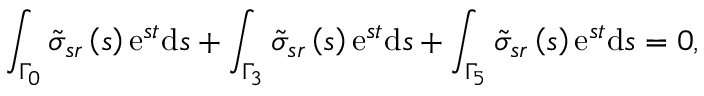
\int _ { \Gamma _ { 0 } } \tilde { \sigma } _ { s r } \left( s \right) \mathrm { e } ^ { s t } \mathrm { d } s + \int _ { \Gamma _ { 3 } } \tilde { \sigma } _ { s r } \left( s \right) \mathrm { e } ^ { s t } \mathrm { d } s + \int _ { \Gamma _ { 5 } } \tilde { \sigma } _ { s r } \left( s \right) \mathrm { e } ^ { s t } \mathrm { d } s = 0 ,